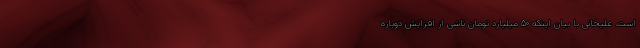
است. علیخانی با بیان اینکه ۵۰ میلیارد تومان ناشی از افزایش دوباره